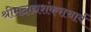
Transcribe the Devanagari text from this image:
श्रीमदाद्यशंकराचार्य